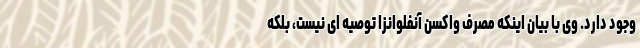
وجود دارد. وی با بیان اینکه مصرف واکسن آنفلوانزا توصیه ای نیست، بلکه